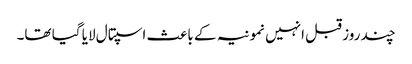
چند روز قبل انہیں نمونیہ کے باعث اسپتال لایا گیا تھا۔